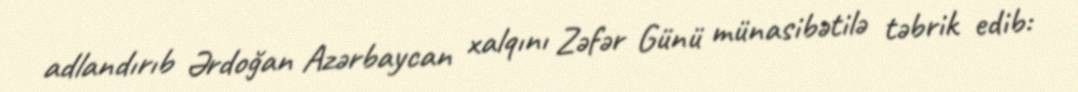
adlandırıb Ərdoğan Azərbaycan xalqını Zəfər Günü münasibətilə təbrik edib: